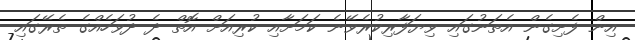
އިން ފެށިގެން އެތަނުގައި ވިޔަފާރިކުރެވޭނެ ކަމަށާއި ކުރިއަށް އޮތް ދެ ދުވަހެއްގެ ތެރޭގައި